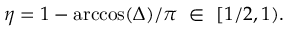
\eta = 1 - \operatorname { a r c c o s } ( \Delta ) / \pi \ \in \ [ 1 / 2 , 1 ) .